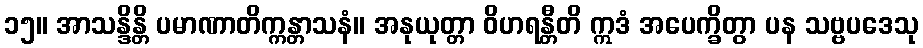
၁၅။ အာသန္ဒိန္တိ ပမာဏာတိက္ကန္တာသနံ။ အနုယုတ္တာ ဝိဟရန္တီတိ ဣဒံ အပေက္ခိတွာ ပန သဗ္ဗပဒေသု